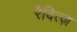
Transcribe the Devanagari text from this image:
रैदित्ज़